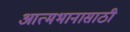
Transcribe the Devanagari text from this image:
आत्मभानासाठी